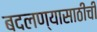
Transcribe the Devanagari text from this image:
बदलण्यासाठीची